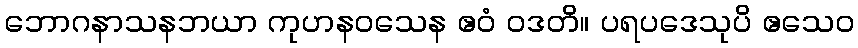
ဘောဂနာသနဘယာ ကုဟနဝသေန ဧဝံ ဝဒတိ။ ပရပဒေသုပိ ဧသေဝ